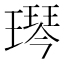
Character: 𬎋